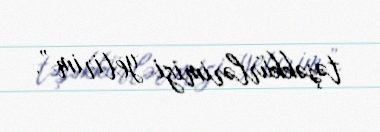
təşəkkürlərimizi yetirim”.